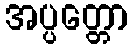
အပ္ပတ္တော